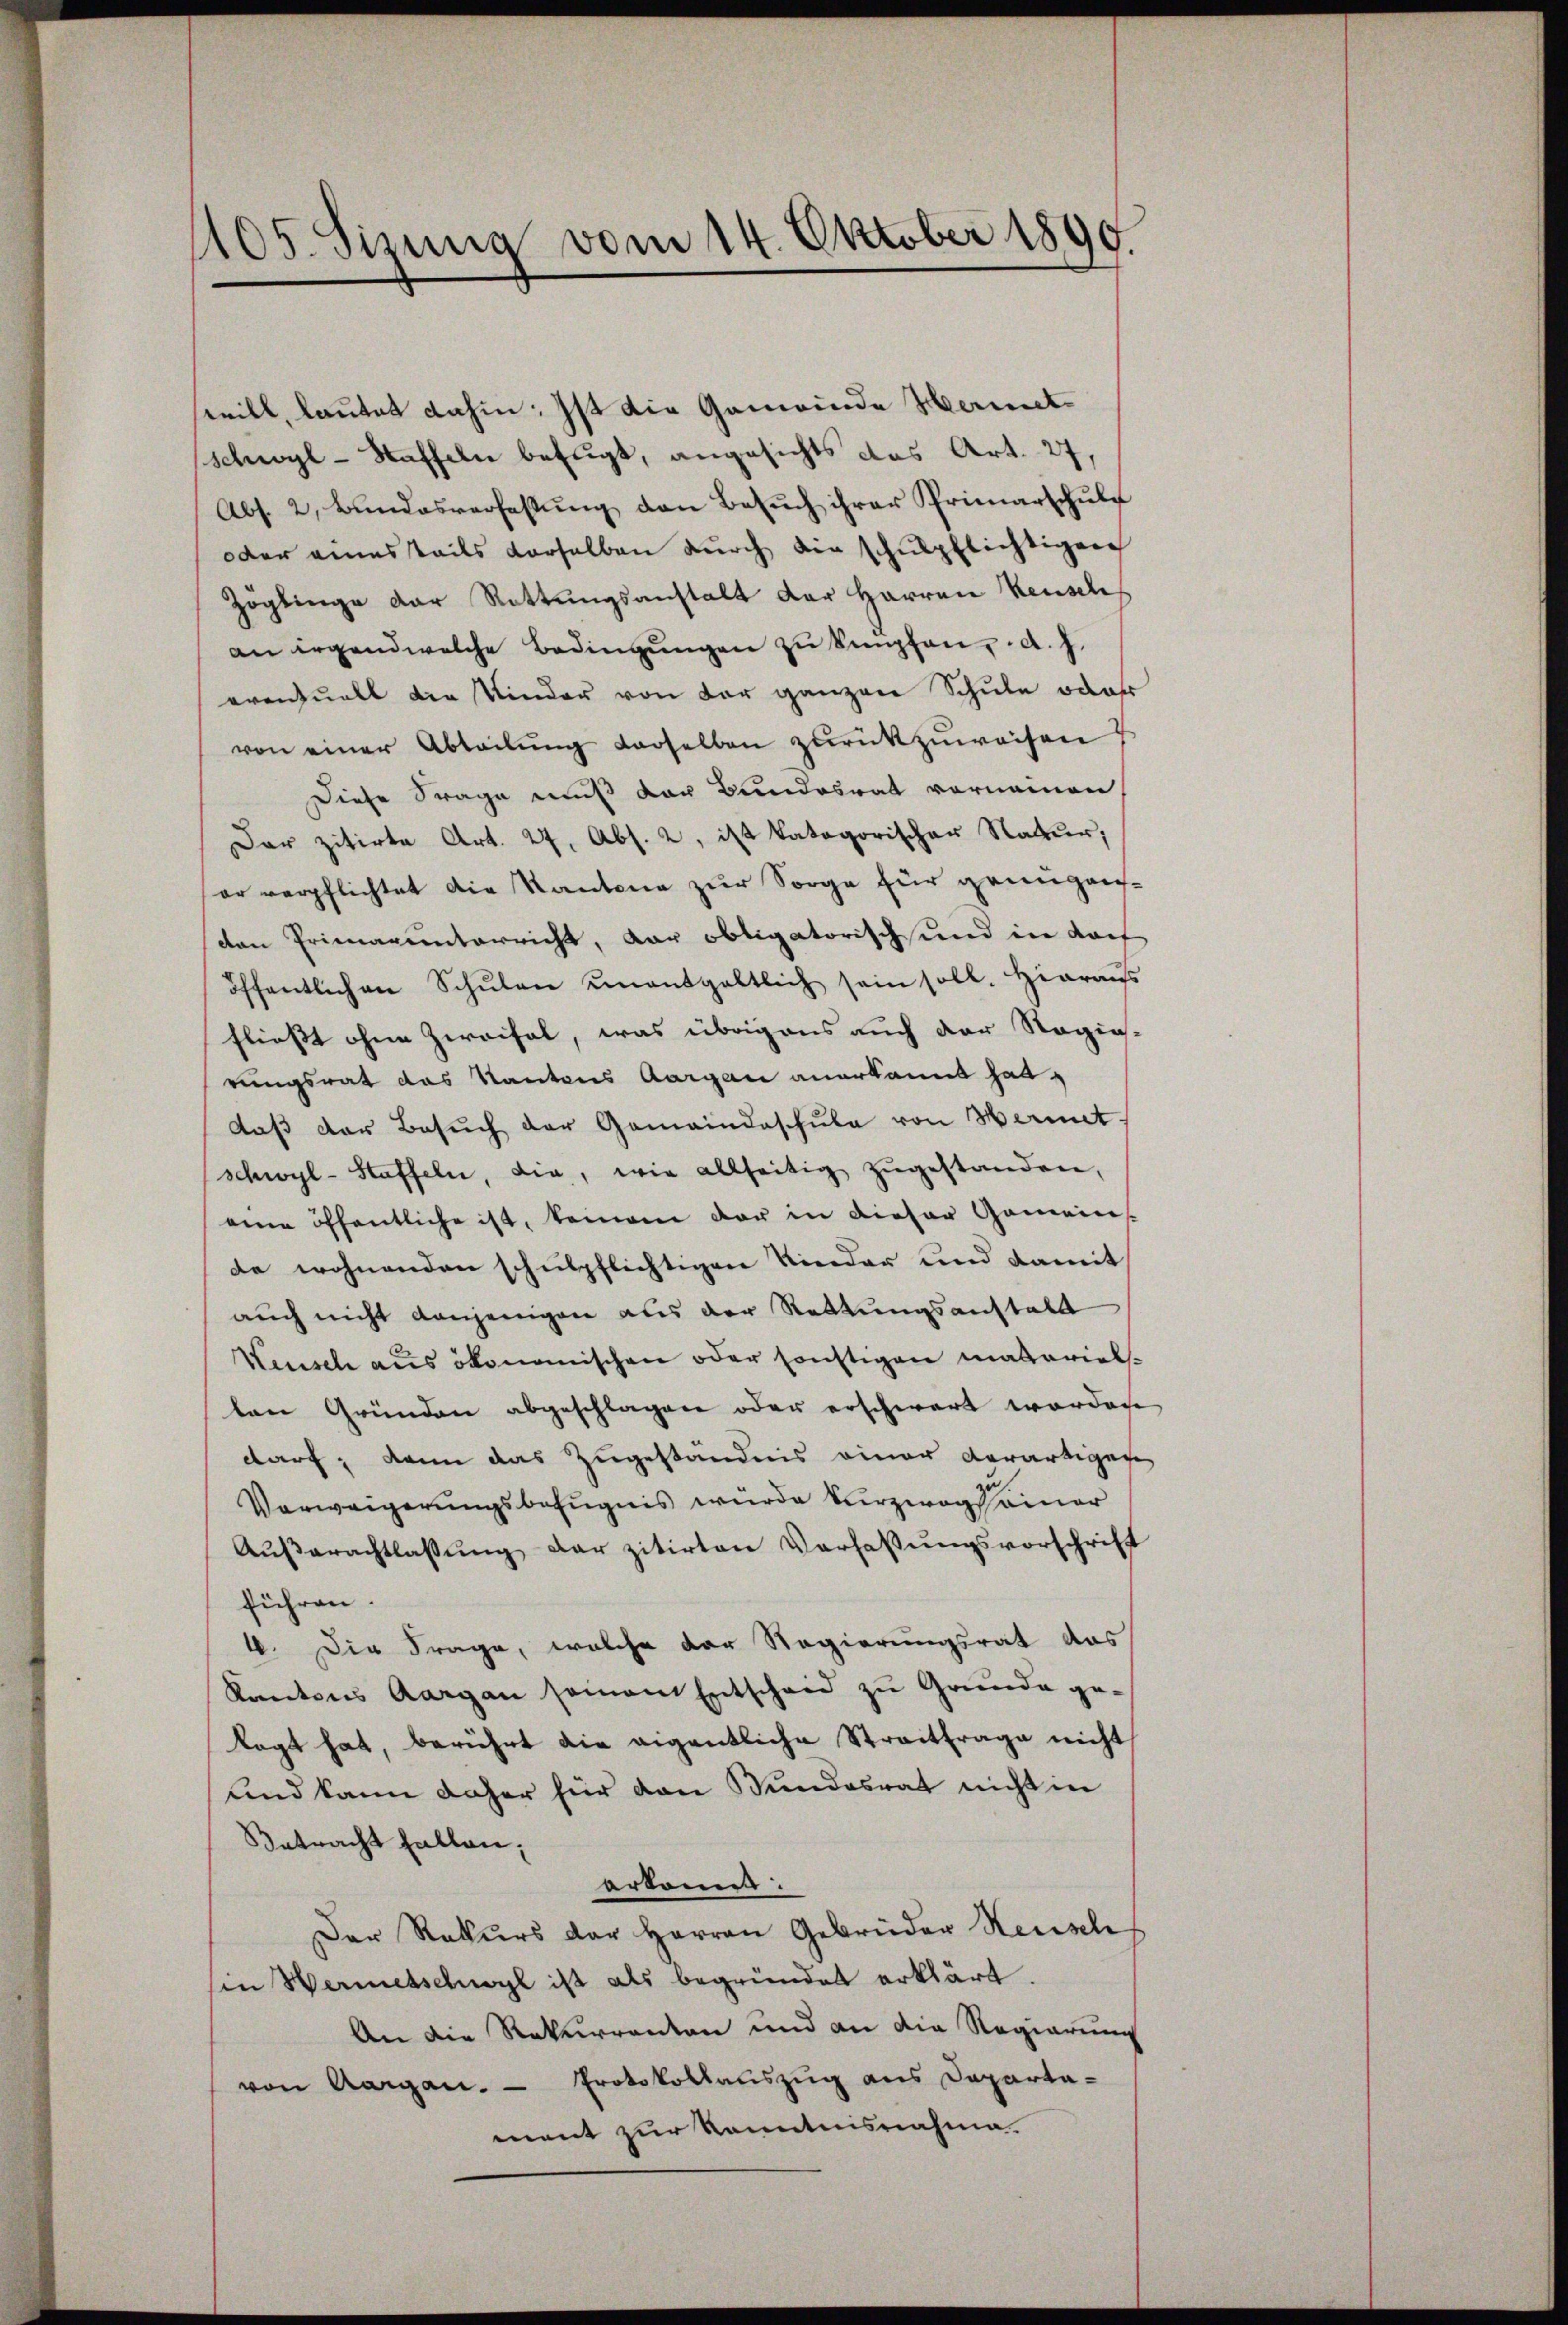
1105. Sizung vom 14. Oktober 1890.

will, lautet dahin: Ist die Gemeinde Hermitschwogl-Staffeln befugt, angesichts das Art. 27,
Abs. 2, Bundesverfassŭng den Besŭch ihrer Primarschŭle
oder einesteils derselben dŭrch die schulpflichtigen
Zöglinge der Rettungsanstalt der Harren Keusch
an irgendwelche Bedingŭngen zu Sempfen, d. J.
eventuell die Kinder von der ganzen Schule oder
von einer Abteilŭng derselben zŭrückzuweisen
Diese Frage muß der Bundesrat vornamen,
Dar zitirte Art. 27. Abs. 2, ist kategorischer Natur;
er verpflichtet die Kantone zur Sorge für genügenden Primarunterricht, dar obligatorisch und in doch
öffentlichen Schŭlen ŭnentgeltlich sein soll. Hieraŭs
fließt ohne Zweifel, was übrigens auch der Ragig-
rungsrat des Kantons Aargau anerkannt hat,
daß der Besuch der Gemeindaschule von Hermet,
schwyl-Staffeln, die, wie allseitig zugestanden,
eine öffentliche ist, keinem der in dieser Gemeins-
de wohnenden schulpflichtigen Kinder und damit
auch nicht denjenigen als der Rettungsanstalt
Keusch aus ökonomischen oder sonstigen materielten Gründen abgeschlagen oder erschwert worden
darf; kann das Zugeständnis einer derartigen
zu
Vorweigerungsbefugnis wurde verzwegs einer
Aŭβerachtlassŭng dar zitirten Verfassŭngsvorschrift
führen.
4. Die Frage, welche der Regierungsrat das
Kantons Aargau seinem Entscheid zu Grunde gelagt hat, berührt die eigentliche Streitfrage nicht
und kann daher für den Bundesrat nicht in
Betracht fallen;
erkannt.
Der Rekurs der Herren Gebrüder Heusch
sin Wermetschwyl ist als begründet erklärt.
An die Rekurrenten und an die Regierung
von Aargau. — Protokollauszug aus Departa-
ment zur Kenntnisnahme.